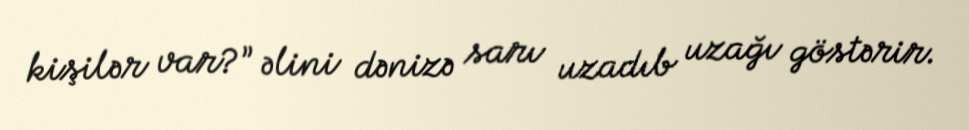
kişilər var?” əlini dənizə sarı uzadıb uzağı göstərir.